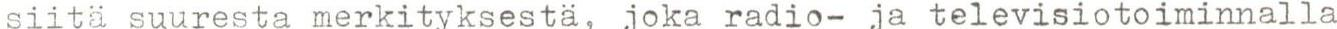
siitä suuresta merkityksestä, joka radio- ja televisiotoiminnalla